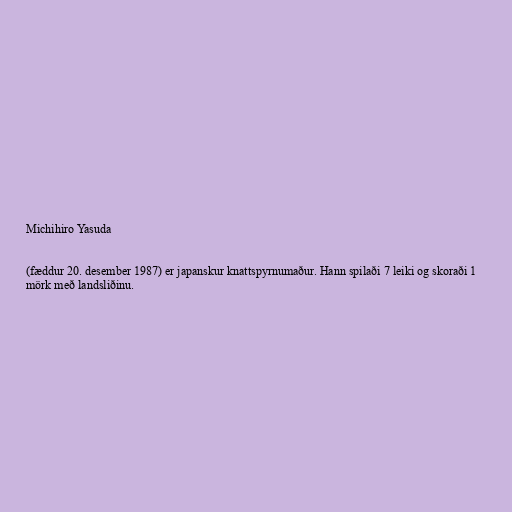
Michihiro Yasuda

(fæddur 20. desember 1987) er japanskur knattspyrnumaður. Hann spilaði 7 leiki og skoraði 1
mörk með landsliðinu.